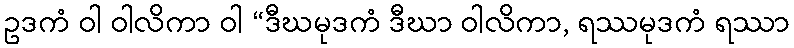
ဥဒကံ ဝါ ဝါလိကာ ဝါ “ဒီဃမုဒကံ ဒီဃာ ဝါလိကာ, ရဿမုဒကံ ရဿာ